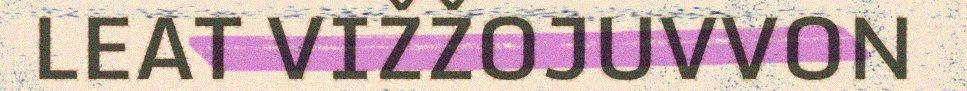
LEAT VIŽŽOJUVVON